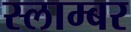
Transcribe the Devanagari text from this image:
स्लाम्बर